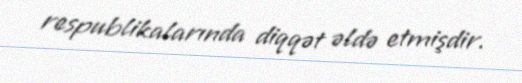
respublikalarında diqqət əldə etmişdir.